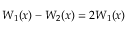
W _ { 1 } ( x ) - W _ { 2 } ( x ) = 2 W _ { 1 } ( x )